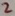
Text: 2